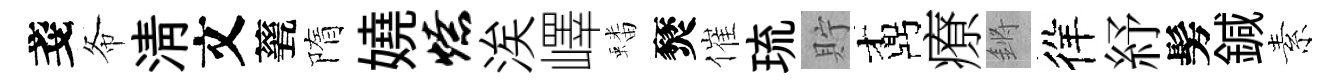
戔𢁙淸文甆隋嬈燎涘嶧蟠燹催琉貯鼒療鏘徉紓髣鍼素